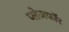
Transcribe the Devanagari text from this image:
प्लेजफॉर